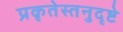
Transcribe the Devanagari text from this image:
प्रकृतेस्तनुदृष्टे